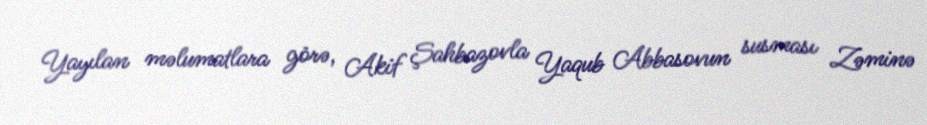
Yayılan məlumatlara görə, Akif Şahbazovla Yaqub Abbasovun susması Zəminə